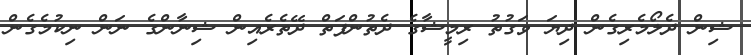
ޝިން ދެލޯމެރިގެން ދިޔަ ވަގުތު ރިމީޝާގެ ދެތުންފަތް ދޭތެރެއިން ޝިނާންގެ ނަން ނިކުމެގެން